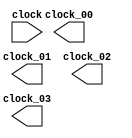
module clock_manager(clock, clock_00, clock_01, clock_02, clock_03);

input clock;

output clock_00;
output clock_01;
output clock_02;
output clock_03;

reg [2:0]counter_00;
reg [2:0]counter_01;
reg [2:0]counter_02;
reg [2:0]counter_03;

initial begin
	
counter_00 = 0;
counter_01 = 0;
counter_02 = 0;
counter_03 = 0;
end


always @(negedge clock) begin



end
	
	



endmodule